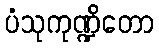
ပံသုကုဏ္ဍိတော